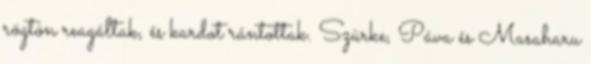
rögtön reagáltak, és kardot rántottak. Szürke, Páva és Masaharu